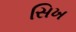
સિખ